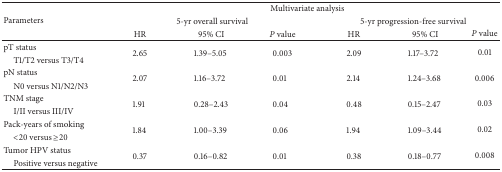
<table><thead><tr><td rowspan="3"><b>Parameters</b></td><td colspan="6"><b>Multivariate analysis</b></td></tr><tr><td colspan="3"><b>5-yr overall survival</b></td><td colspan="3"><b>5-yr progression-free survival</b></td></tr><tr><td><b>HR</b></td><td><b>95% CI</b></td><td><b><i>P</i> value</b></td><td><b>HR</b></td><td><b>95% CI</b></td><td><b><i>P</i> value</b></td></tr></thead><tbody><tr><td>pT status</td><td rowspan="2">2.65</td><td rowspan="2">1.39–5.05</td><td rowspan="2">0.003</td><td rowspan="2">2.09</td><td rowspan="2">1.17–3.72</td><td rowspan="2">0.01</td></tr><tr><td> T1/T2 versus T3/T4</td></tr><tr><td>pN status</td><td rowspan="2">2.07</td><td rowspan="2">1.16–3.72</td><td rowspan="2">0.01</td><td rowspan="2">2.14</td><td rowspan="2">1.24–3.68</td><td rowspan="2">0.006</td></tr><tr><td> N0 versus N1/N2/N3</td></tr><tr><td>TNM stage</td><td rowspan="2">1.91</td><td rowspan="2">0.28–2.43</td><td rowspan="2">0.04</td><td rowspan="2">0.48</td><td rowspan="2">0.15–2.47</td><td rowspan="2">0.03</td></tr><tr><td> I/II versus III/IV</td></tr><tr><td>Pack-years of smoking</td><td rowspan="2">1.84</td><td rowspan="2">1.00–3.39</td><td rowspan="2">0.06</td><td rowspan="2">1.94</td><td rowspan="2">1.09–3.44</td><td rowspan="2">0.02</td></tr><tr><td> &lt;20 versus ≥20</td></tr><tr><td>Tumor HPV status</td><td rowspan="2">0.37</td><td rowspan="2">0.16–0.82</td><td rowspan="2">0.01</td><td rowspan="2">0.38</td><td rowspan="2">0.18–0.77</td><td rowspan="2">0.008</td></tr><tr><td> Positive versus negative</td></tr></tbody></table>